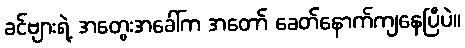
ခင်ဗျားရဲ့ အတွေးအခေါ်က အတော် ခေတ်နောက်ကျနေပြီပဲ။